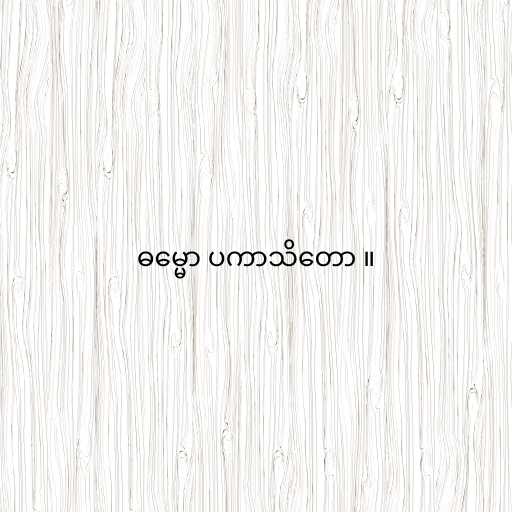
ဓမ္မော ပကာသိတော ။